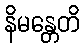
နိမန္တေတိ